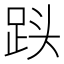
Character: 𮛓